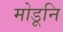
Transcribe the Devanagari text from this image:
मोडूनि